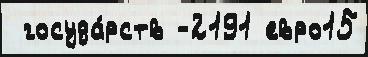
 госуда́рств -2191 евро15